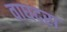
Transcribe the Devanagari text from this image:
वाघदरा